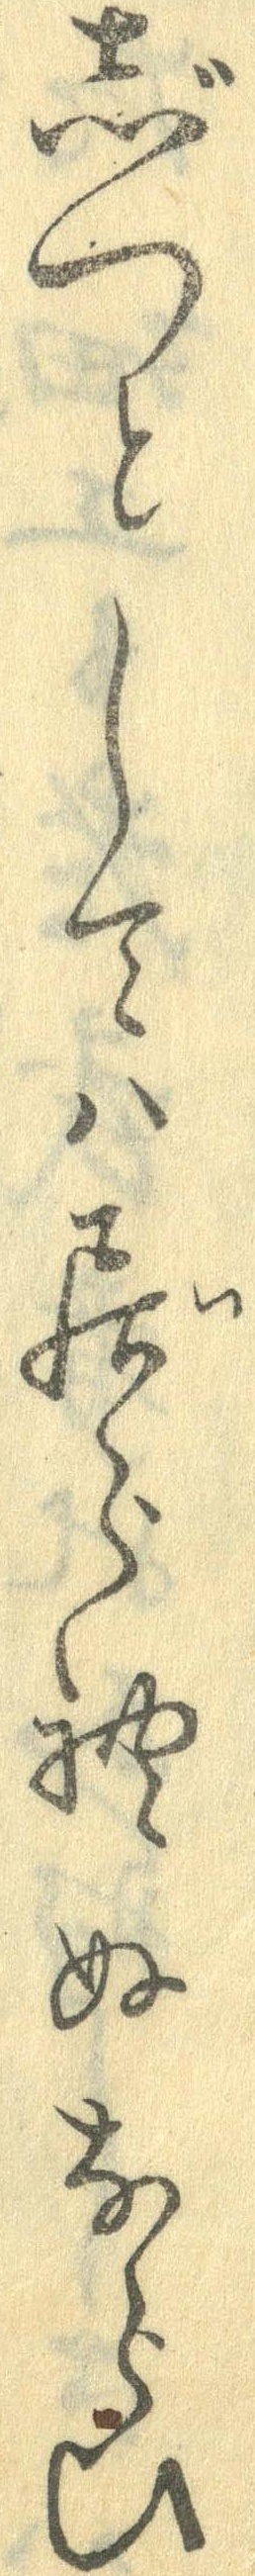
じっとしては居られぬならひ